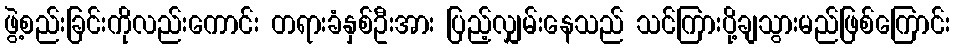
ဖွဲ့စည်းခြင်းကိုလည်းကောင်း တရားခံနှစ်ဦးအား ပြည့်လျှမ်းနေသည် သင်ကြားပို့ချသွားမည်ဖြစ်ကြောင်း